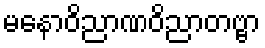
မနောဝိညာဏဝိညာတဗ္ဗာ